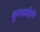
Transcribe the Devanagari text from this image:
कूमवाहिनी